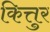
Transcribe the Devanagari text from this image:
कित्तुर